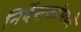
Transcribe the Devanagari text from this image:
निर्देशकांमध्ये